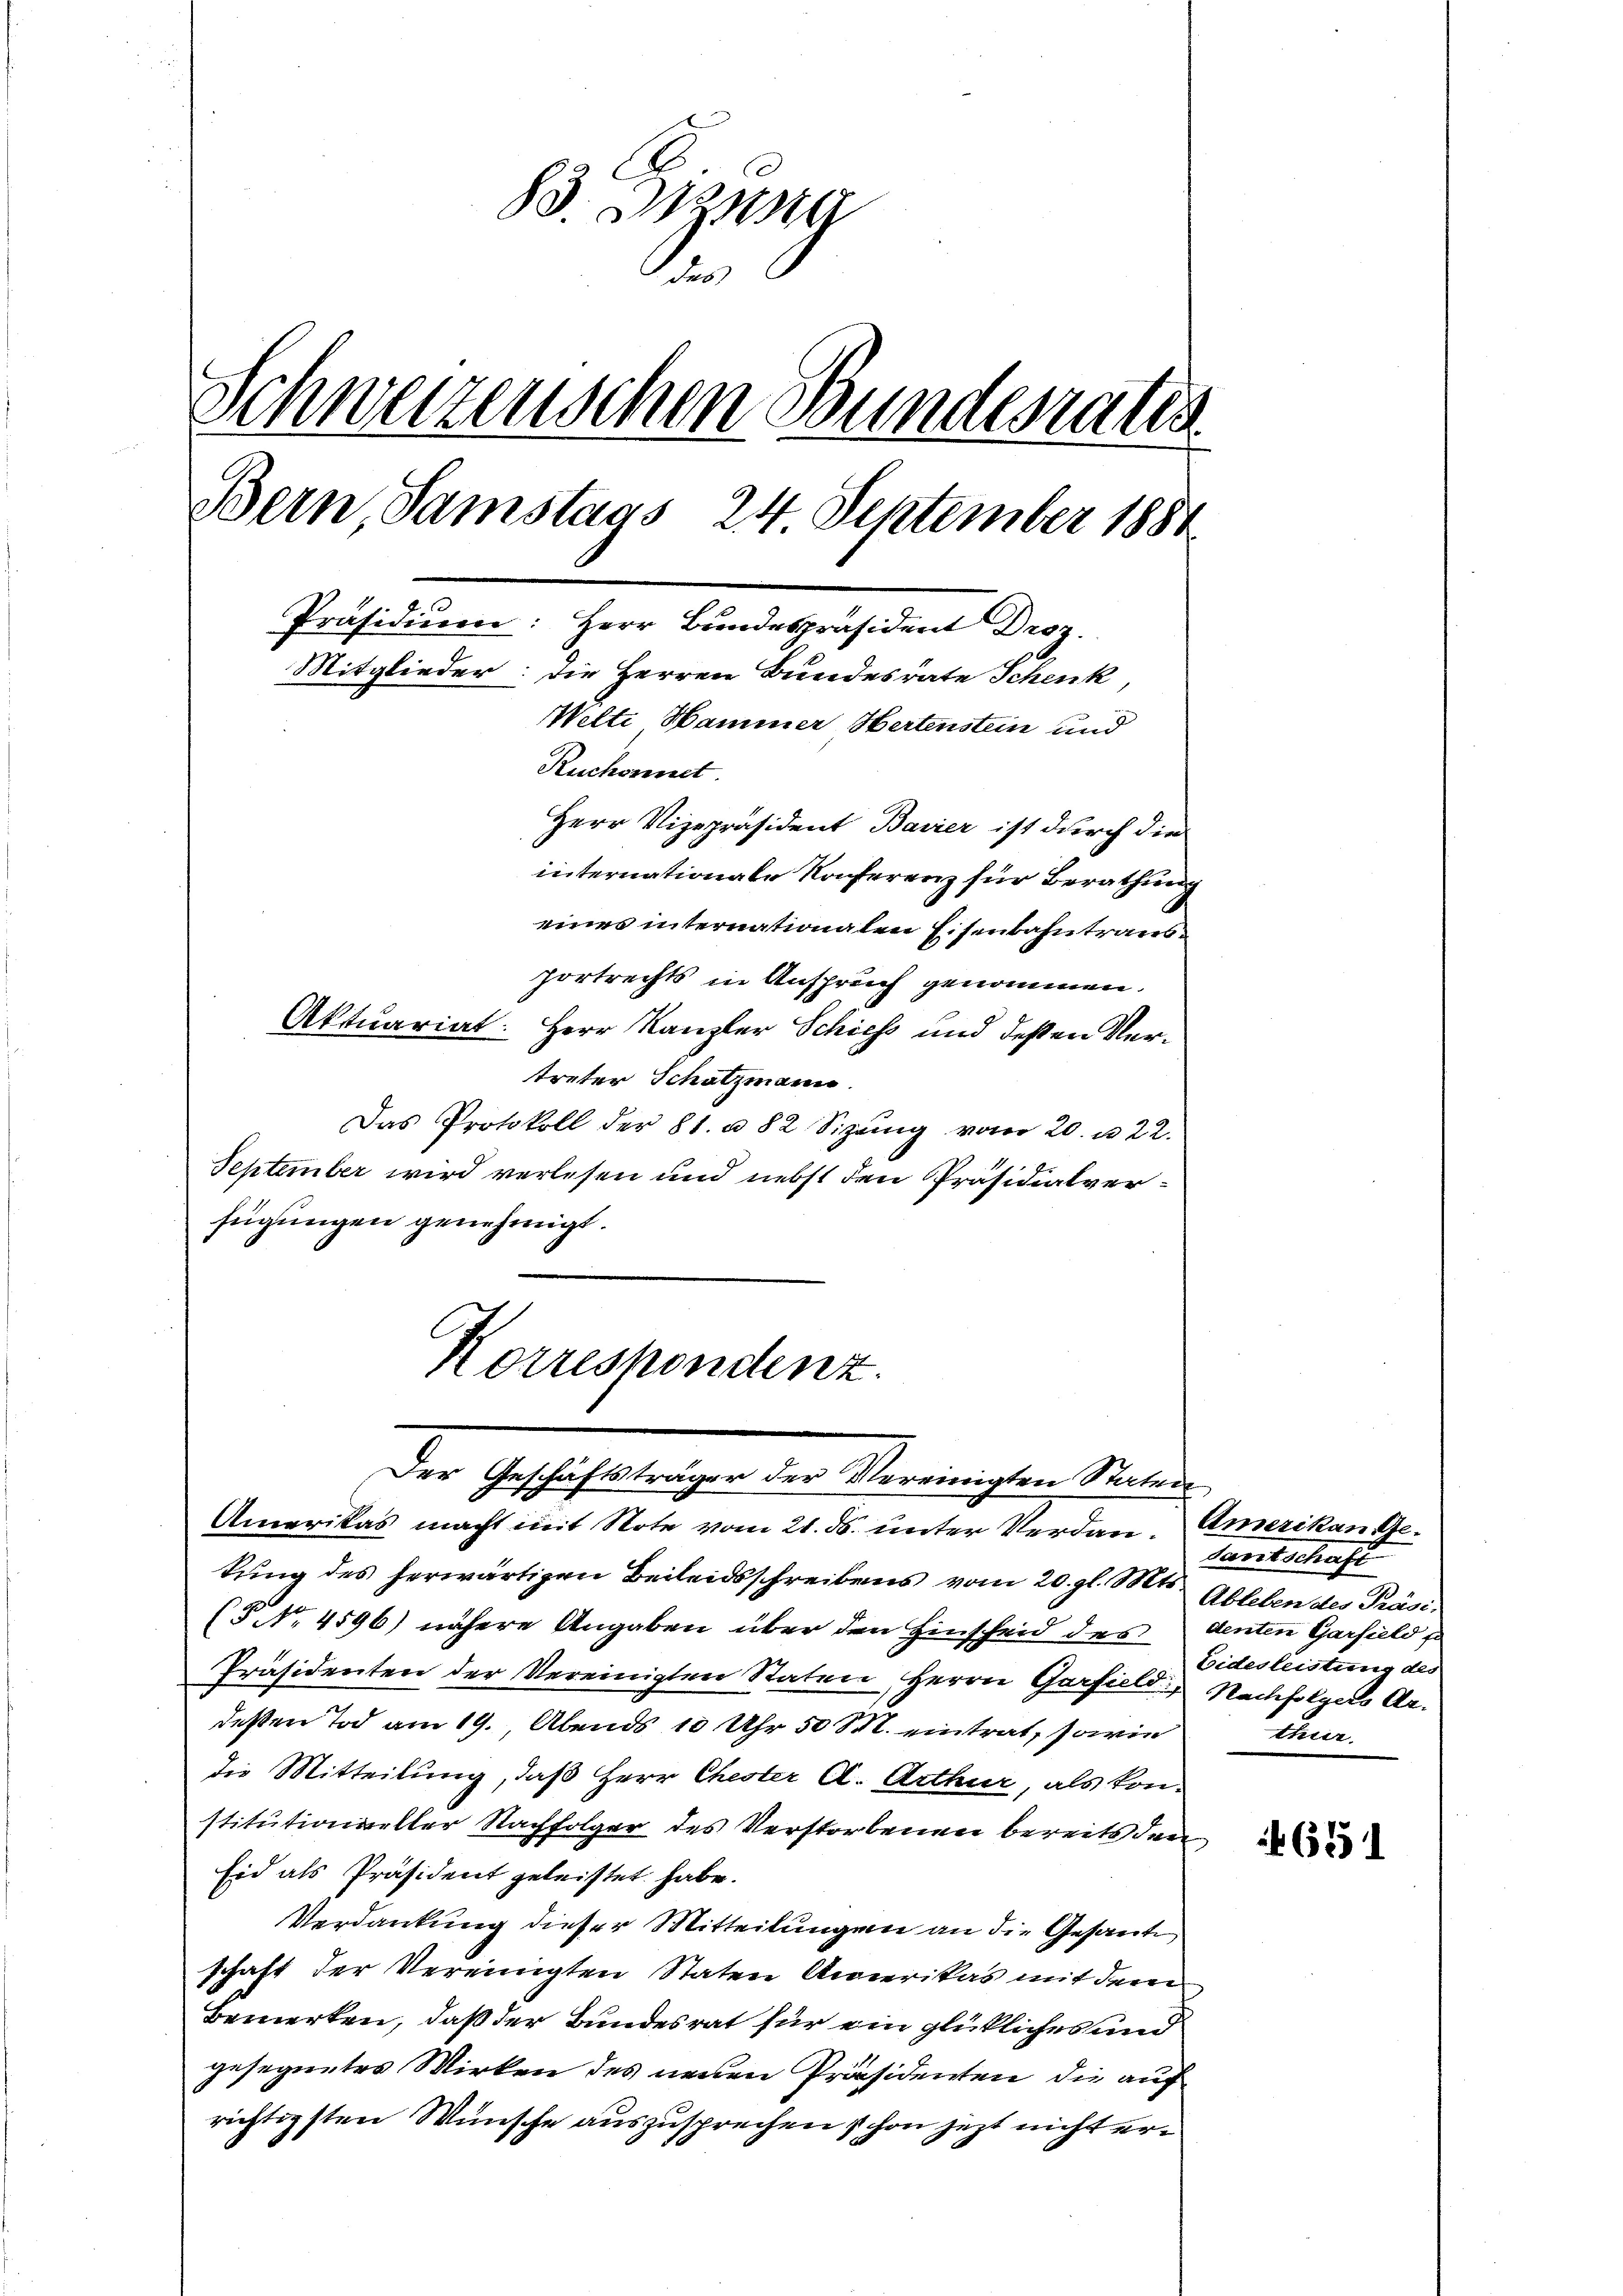
83. Inzwi
der
Schwerzenschen Bundesrates
Bern, Samstags 24 September 1884
Präsidiŭm: Herr Bundespräsident Droz.
Mitglieder: die Herren Bundesrate Schenk,
Welti Hammer Hertenstein und
Ruchonnet
Herr Vizepräsident Bavier ist durch die
internationale Konferenz für Berathung
eines internationalen Eisenbahntraus

Portrechts in Anspruch genommen.
Aktuariat. Herr Kanzler Schiess und deßen Vertreter Schatzmann.
Das Protokoll der 81. u. 82 Sizŭng vom 20. u 22.
September wird verlesen und nebst den Präsidialverfügungen genehmigt.

Korrespondenz.

tung des herwärtigen Beileidsschreibens vom 20. gl. Mts.
(§ NNo. 4596) nähere Angaben über den Hinscheid des denten Garfield f
Präsidenten der Vereinigten Staten Herrn Garfield Nachfolgers Ardeßen Tod am 19. Abends 10 Uhr 50 M. eintrat, sowie
die Mitteilung, daß Herr Chester C. Arthur, als konstitutioneller Nachfolger des Verstorbenen bereits den
Eid als Präsident geleistet habe.
Verdankung dieser Mitteilungen an die Gesante
schaft der Vereinigten Staten Amerikas mit dem
Bemerken, daß der Bundesrat für ein glückliches und
gesegnetes Wirken des neuen Präsidenten die auch
richtigsten Wünsche auszusprechen schon jetzt nicht er¬

der Geschaftungen der Vermeisten Mande
Amerikas macht mit Note vom 21. ds. unter Verdan. Amerikan Ge¬

dantschaft
Ableben des Präsi-
Eidesleistung des
A.

651